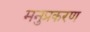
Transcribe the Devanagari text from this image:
मनुप्रकरण